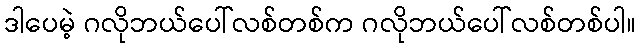
ဒါပေမဲ့ ဂလိုဘယ်ပေါ်လစ်တစ်က ဂလိုဘယ်ပေါ်လစ်တစ်ပါ။